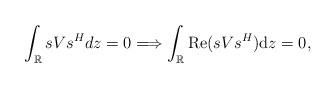
\begin{align*} \int_{\mathbb{R}}sVs^{H} dz=0 \Longrightarrow \int_{\mathbb{R}}{\rm Re} (sVs^{H} ) \mathrm{d}z=0,\end{align*}